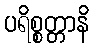
ပရိစ္စတ္တာနိ